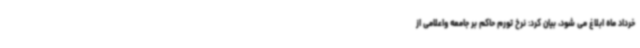
خرداد ماه ابلاغ می شود، بیان کرد: نرخ تورم حاکم بر جامعه واعلامی از